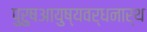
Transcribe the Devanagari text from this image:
पुरुषआयुष्यवर्धनार्थ